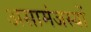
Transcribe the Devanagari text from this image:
असामंजस्यों